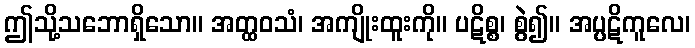
ဤသို့သဘောရှိသော။ အတ္ထဝသံ၊ အကျိုးထူးကို။ ပဋိစ္စ၊ စွဲ၍။ အပ္ပဋိကူလေ၊